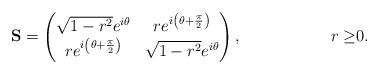
LaTeX: \begin{align*}\mathbf{S} & = \begin{pmatrix}\sqrt{1 - r^2} e^{i\theta}& re^{i\left(\theta + \frac{\pi}{2}\right)}\\re^{i\left(\theta + \frac{\pi}{2}\right)} & \sqrt{1 - r^2} e^{i\theta}\end{pmatrix},& r \geq& 0. \end{align*}